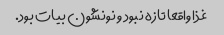
غذا واقعا تازه نبود و نونشون بیات بود.